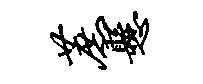
蔗悬